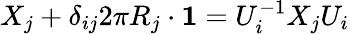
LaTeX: X_{j}+\delta_{ij}2\pi R_{j}\cdot{\mathbf 1}=U_{i}^{-1}X_{j}U_{i}